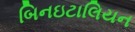
બિનઇટાલિયન